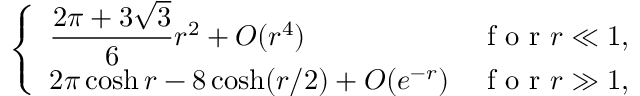
\left\{ \begin{array} { l l } { \displaystyle \frac { 2 \pi + 3 \sqrt { 3 } } { 6 } r ^ { 2 } + O ( r ^ { 4 } ) } & { \mathrm { ~ f ~ o ~ r ~ } r \ll 1 , \medskip } \\ { \displaystyle 2 \pi \cosh r - 8 \cosh ( r / 2 ) + O ( e ^ { - r } ) } & { \mathrm { ~ f ~ o ~ r ~ } r \gg 1 , } \end{array} \right.